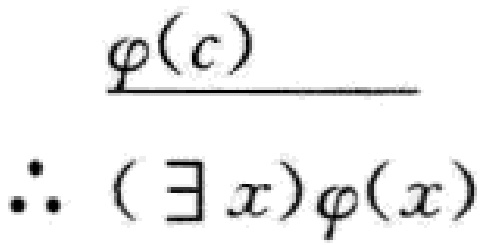
\frac{\varphi(c)}{\therefore (\exists x)\varphi(x)}